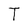
Character: T